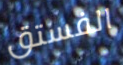
الفستق